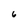
Character: 6